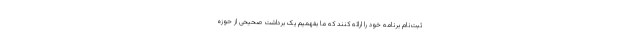
ثبت‌نام برنامه خود را ارائه کنند که ما بفهمیم یک برداشت صحیحی از حوزه